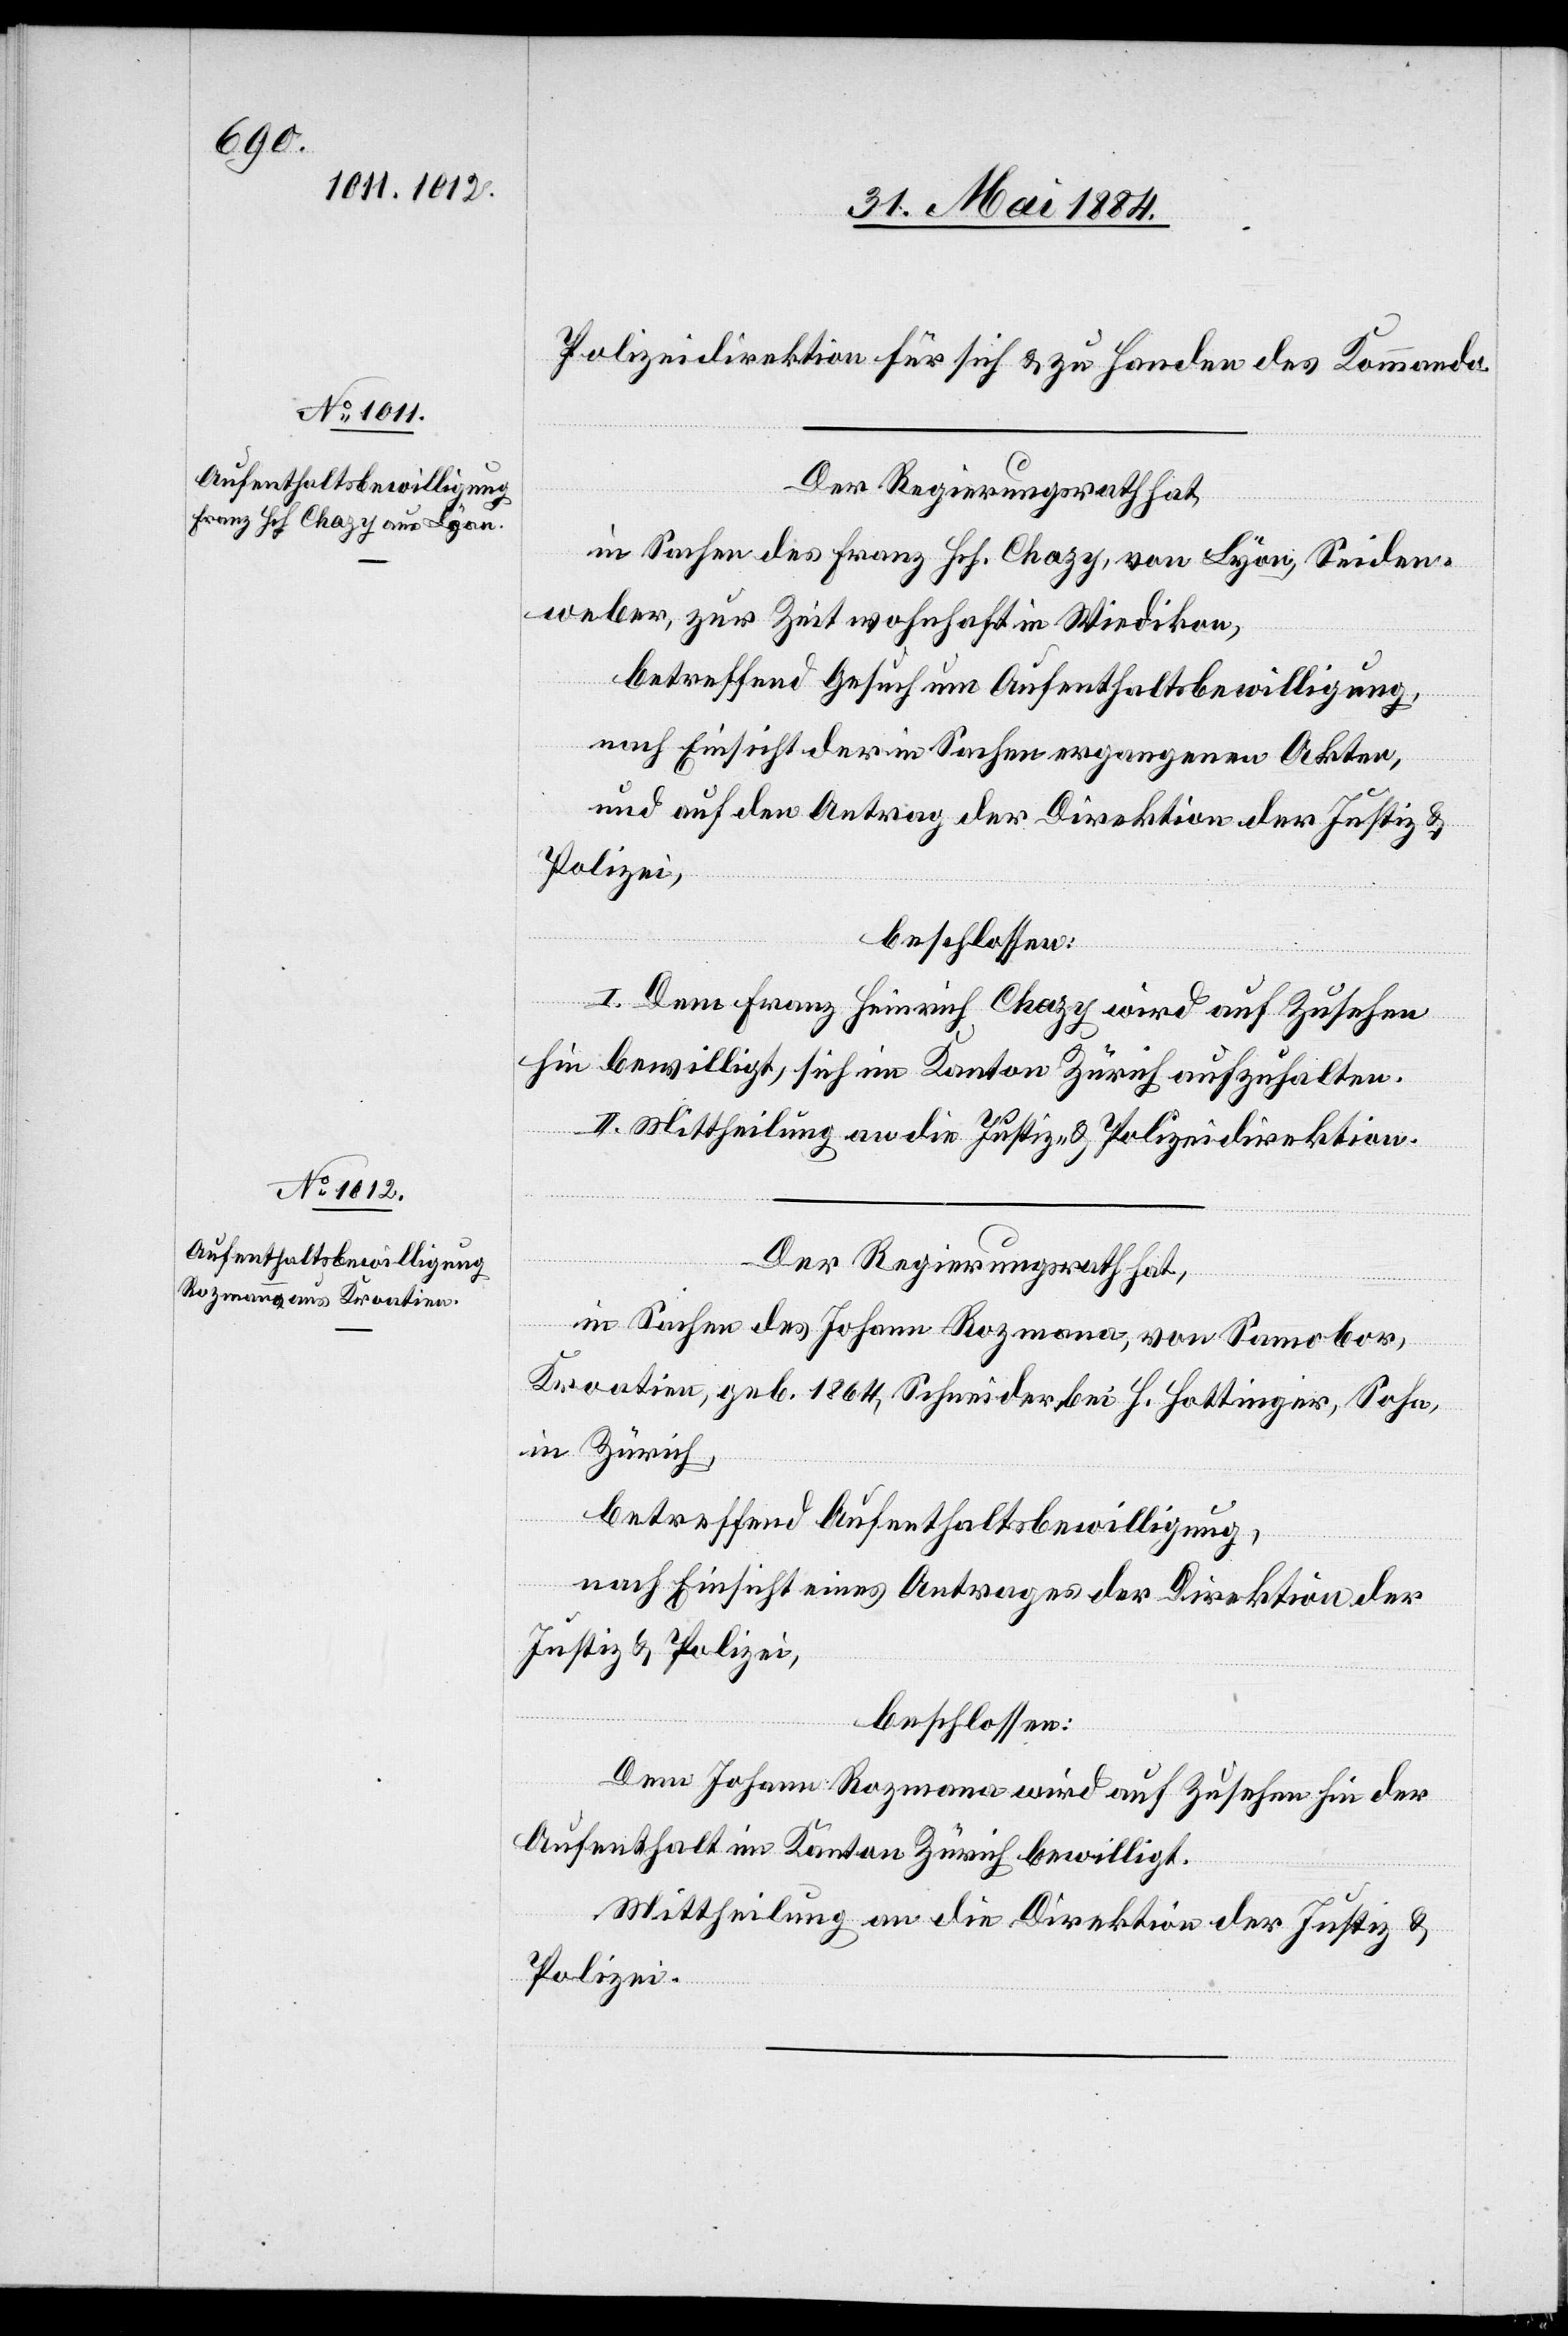
Polizeidirektion für sich & zu Handen des Kommando.
Der Regierungsrath hat,
in Sachen des Franz Hch. Chazy, von Lyon, Seiden¬
weber, zur Zeit wohnhaft in Wiedikon,
betreffend Gesuch um Aufenthaltsbewilligung,
nach Einsicht der in Sachen ergangenen Akten,
und auf den Antrag der Direktion der Justiz &
Polizei,
beschlossen:
I. Dem Franz Heinrich Chazy wird auf Zusehen
hin bewilligt, sich im Kanton Zürich aufzuhalten.
II. Mittheilung an die Justiz- & Polizeidirektion.
Der Regierungsrath hat,
in Sachen des Johann Rozmana, von Samobor,
Kroatien, geb. 1864, Schneider bei H. Hottinger, Sohn,
in Zürich,
betreffend Aufenthaltsbewilligung,
nach Einsicht eines Antrages der Direktion der
Justiz & Polizei,
beschlossen:
Dem Johann Rozmana wird auf Zusehen hin der
Aufenthalt im Kanton Zürich bewilligt.
Mittheilung an die Direktion der Justiz &
Polizei.